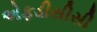
એફડીસીસી